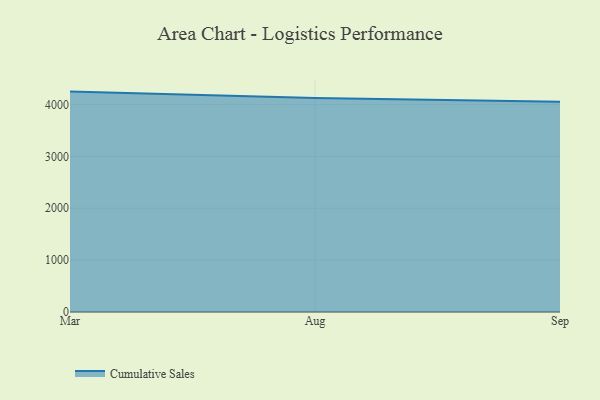
{"axis": {"x": "Month", "y": "Budget (USD K)"}, "legend": ["Cumulative Sales"], "data": [{"x": "Mar", "y": 4249.8, "type": "Cumulative Sales"}, {"x": "Aug", "y": 4127.3, "type": "Cumulative Sales"}, {"x": "Sep", "y": 4053.4, "type": "Cumulative Sales"}]}